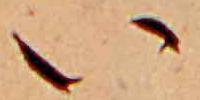
い